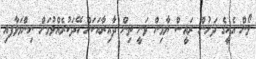
ލޯން އެހީގެ ދަށުން ރައީސް ޔާމިން ވަނީ ތިން ދާއިރާއަކަށް ހޭދަކުރެއްވުމަށް ނިންމަވާފއި